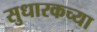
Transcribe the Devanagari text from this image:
सुधारकच्या